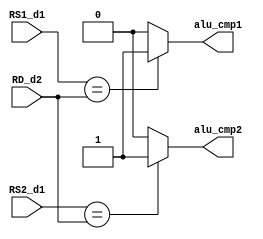
module alu_compare(RS1_d1,RS2_d1,RD_d2,alu_cmp1,alu_cmp2);
input [4:0]RS1_d1;
input [4:0]RS2_d1;
input [4:0]RD_d2;
output alu_cmp1;
output alu_cmp2;

reg cmp1,cmp2;

always@(*)
begin
if(RS1_d1==RD_d2)
cmp1=1;
else
cmp1=0;


if(RS2_d1==RD_d2)
cmp2=1;
else
cmp2=0;

end

assign alu_cmp1 = cmp1;
assign alu_cmp2 = cmp2;

endmodule